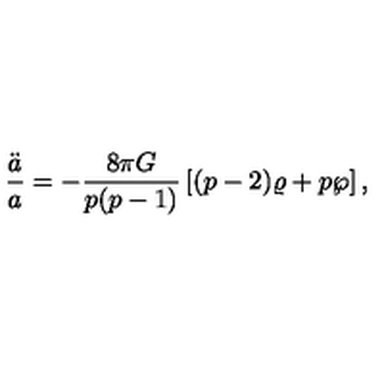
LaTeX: { \frac { \ddot { a } } { a } } = - { \frac { 8 \pi G } { p ( p - 1 ) } } \left[ ( p - 2 ) \varrho + p \wp \right] ,